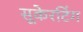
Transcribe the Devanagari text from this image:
सूकेरटिंग